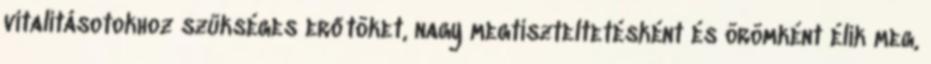
vitalitásotokhoz szükséges erőtöket, nagy megtiszteltetésként és örömként élik meg,